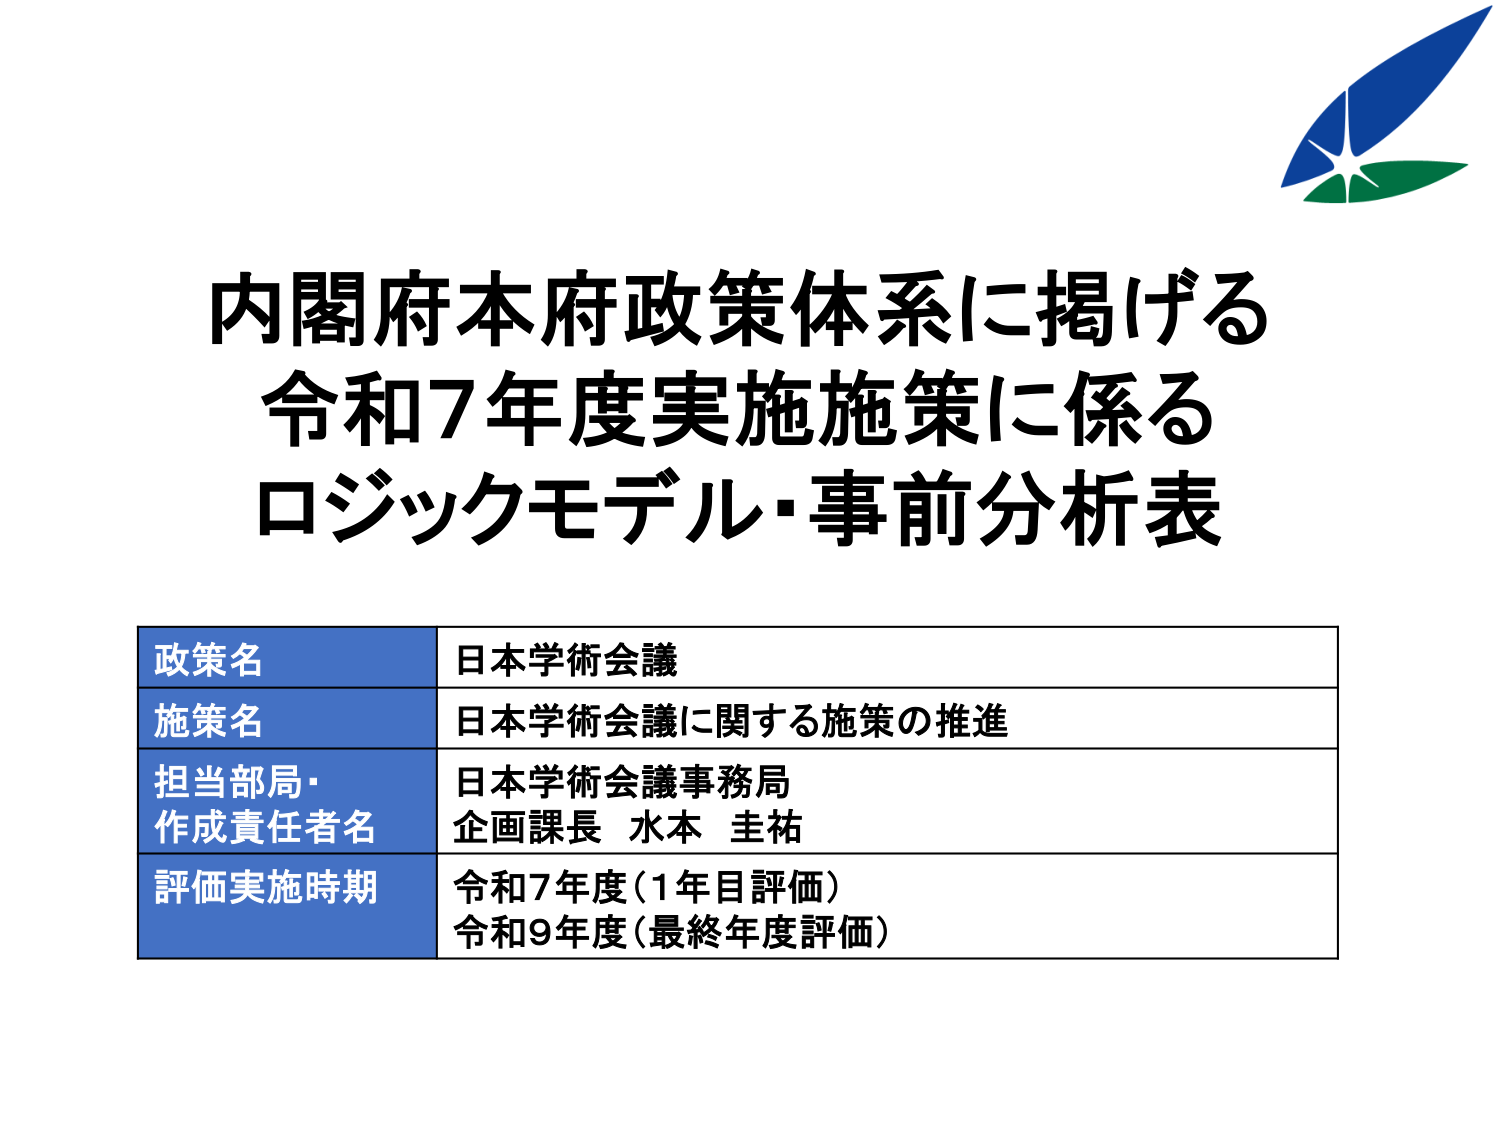
内閣府本府政策体系に掲げる
令和7年度実施施策に係る
ロジックモデル・事前分析表

政策名 日本学術会議
施策名 日本学術会議に関する施策の推進
担当部局・
作成責任者名 日本学術会議事務局
企画課長 水本 圭祐
評価実施時期 令和7年度（1年目評価）
令和9年度（最終年度評価）